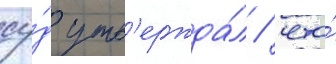
су́д утв'ержда́л / что́